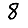
Digit: 8